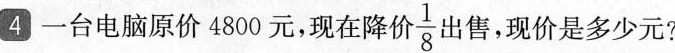
4一台电脑原价4800元，现在降价 \frac{1}{8}出售，现价是多少元?